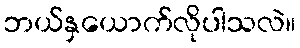
ဘယ်နှယောက်လိုပါသလဲ။